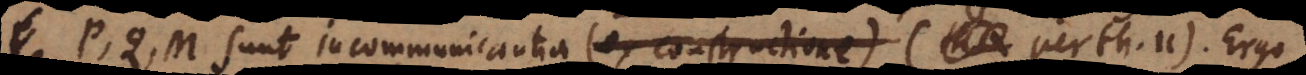
P, Q, M sunt incommunicantia (ex constructione) (per th. 11). Ergo